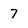
Character: 7